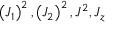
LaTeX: \left( J _ { 1 } \right) ^ { 2 } , \left( J _ { 2 } \right) ^ { 2 } , J ^ { 2 } , J _ { z }